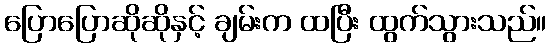
ပြောပြောဆိုဆိုနှင့် ချမ်းက ထပြီး ထွက်သွားသည်။